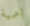
أهمية